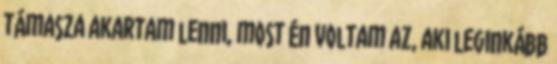
támasza akartam lenni, most én voltam az, aki leginkább